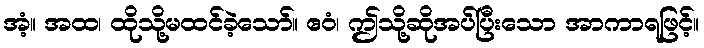
အံ့။ အထ၊ ထိုသို့မထင်ခဲ့သော်။ ဧဝံ၊ ဤသို့ဆိုအပ်ပြီးသော အာကာရဖြင့်။